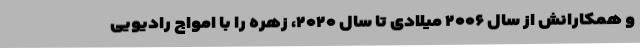
و همکارانش از سال ۲۰۰۶ میلادی تا سال ۲۰۲۰، زهره را با امواج رادیویی